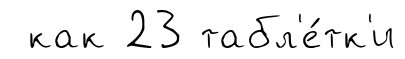
как 23 табл'е́тк'и